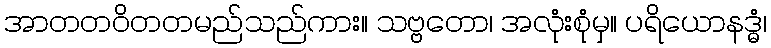
အာတတဝိတတမည်သည်ကား။ သဗ္ဗတော၊ အလုံးစုံမှ။ ပရိယောနဒ္ဓံ၊